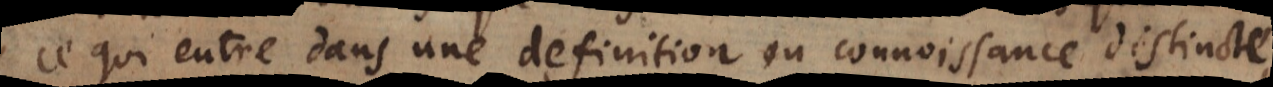
ce qui entre dans une definition ou connoissance distincte